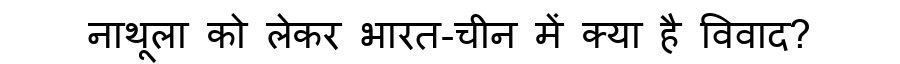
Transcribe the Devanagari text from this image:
नाथूला को लेकर भारत-चीन में क्या है विवाद?